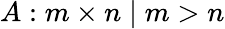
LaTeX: A:m\times n\mid m>n